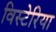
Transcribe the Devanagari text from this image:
विस्टेरिया